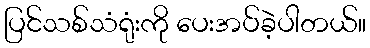
ပြင်သစ်သံရုံးကို ပေးအပ်ခဲ့ပါတယ်။